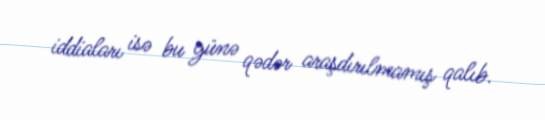
iddiaları isə bu günə qədər araşdırılmamış qalıb.